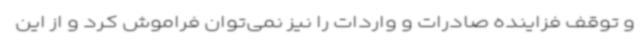
و توقف فزاینده صادرات و واردات را نیز نمی‌توان فراموش کرد و از این